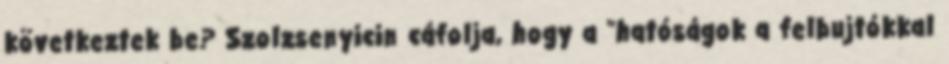
következtek be? Szolzsenyicin cáfolja, hogy a "hatóságok a felbujtókkal